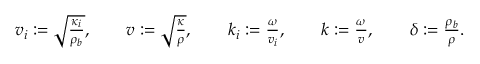
\begin{array} { r } { v _ { i } : = \sqrt { \frac { \kappa _ { i } } { \rho _ { b } } } , \qquad v : = \sqrt { \frac { \kappa } { \rho } } , \qquad k _ { i } : = \frac { \omega } { v _ { i } } , \qquad k : = \frac { \omega } { v } , \qquad \delta : = \frac { \rho _ { b } } { \rho } . } \end{array}